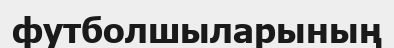
футболшыларының